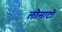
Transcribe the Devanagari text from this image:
लोनाटो